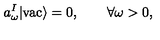
a _ { \omega } ^ { I } | \mathrm { v a c } \rangle = 0 , \qquad \forall \omega > 0 { , }